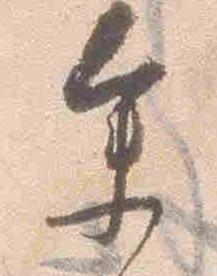
参